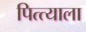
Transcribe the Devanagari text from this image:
पित्त्याला